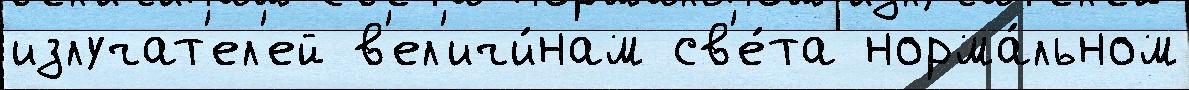
излучат'ел'ей в'ел'ичи́нам св'е́та норма́льном